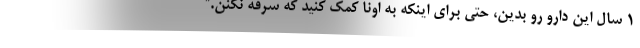
۱ سال این دارو رو بدین، حتی برای اینکه به اونا کمک کنید که سرفه نکنن.”